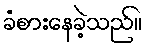
ခံစားနေခဲ့သည်။